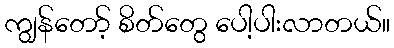
ကျွန်တော့် စိတ်တွေ ပေါ့ပါးလာတယ်။